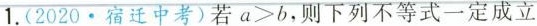
1.(2020.宿迁中考)若a>b，则下列不等式一定成立